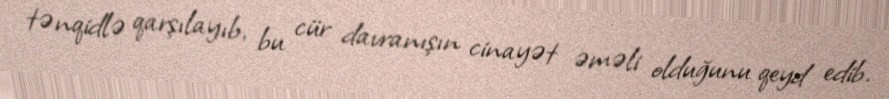
tənqidlə qarşılayıb, bu cür davranışın cinayət əməli olduğunu qeyd edib.